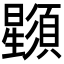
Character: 𣌌